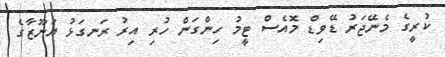
ކުރީގެ މެނޭޖަރު ޑޭވިޑް މޮއެސް ޓީމު ހިންގަން ހުރި އިރު ރަނގަޅު ޔަނޫޒާގެ